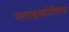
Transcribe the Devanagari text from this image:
ग्लाइकोसिल